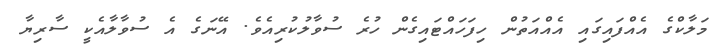
މަލާކްގެ އެއްފައިގައި އެއްއަތުން ހިފަހައްޓައިގެން ހުރެ ސުވާލުކުރިއެވެ. އޭނަގެ އެ ސުވާލާއެކީ ސާރިޔާ